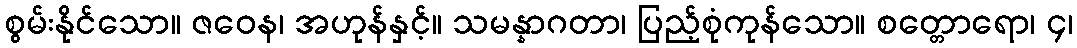
စွမ်းနိုင်သော။ ဇဝေန၊ အဟုန်နှင့်။ သမန္နာဂတာ၊ ပြည့်စုံကုန်သော။ စတ္တောရော၊ ၄၊